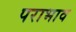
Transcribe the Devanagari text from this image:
पराभाव